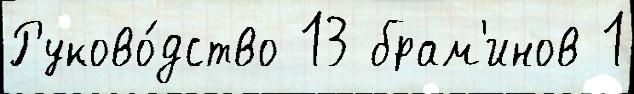
Руково́дство 13 брам'инов 1